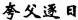
夸父逐日